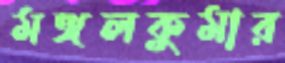
মঙ্গলকুমার